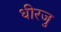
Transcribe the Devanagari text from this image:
धीरजु